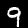
Label: 9